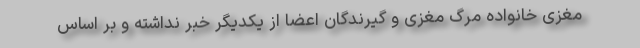
مغزی خانواده مرگ مغزی و گیرندگان اعضا از یکدیگر خبر نداشته و بر اساس